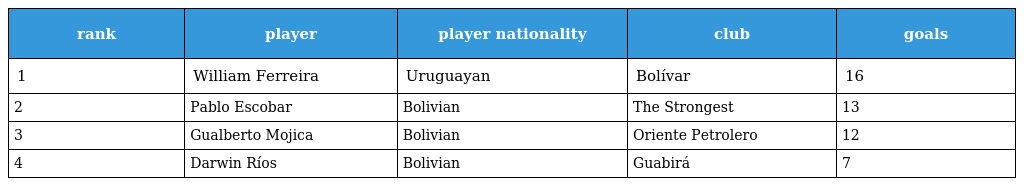
| rank | player | player nationality | club | goals |
 | --- | --- | --- | --- | --- |
 | 1 | William Ferreira | Uruguayan | Bolívar | 16 |
 | 2 | Pablo Escobar | Bolivian | The Strongest | 13 |
 | 3 | Gualberto Mojica | Bolivian | Oriente Petrolero | 12 |
 | 4 | Darwin Ríos | Bolivian | Guabirá | 7 |